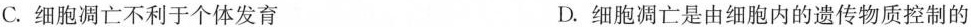
C.细胞凋亡不利于个体发育 D.细胞凋亡是由细胞内的遗传物质控制的